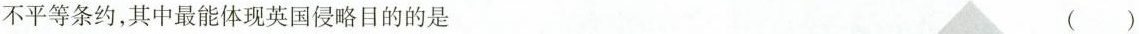
不平等条约，其中最能体现英国侵略目的的是 ( )